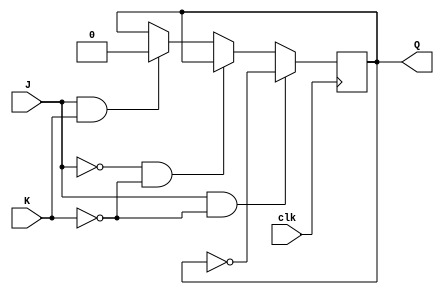
module jk_latch (
    input J,
    input K,
    input clk,
    output reg Q
);

always @(posedge clk) begin
    if (J & ~K) begin
        Q <= ~Q;
    end else if (~J & ~K) begin
        // remain in current state
    end else if (J & K) begin
        Q <= 1'b0;
    end
end

endmodule